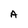
Character: A